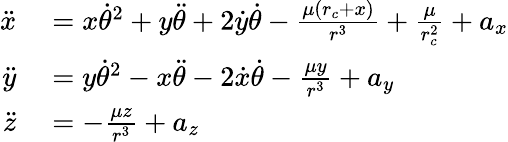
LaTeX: \begin{array}{rl}{\ddot{x}}&{{}=x\dot{\theta}^{2}+y\ddot{\theta}+2\dot{y}\dot{\theta}-\frac{\mu(r_{c}+x)}{r^{3}}+\frac{\mu}{r_{c}^{2}}+a_{x}}\\ {\ddot{y}}&{{}=y\dot{\theta}^{2}-x\ddot{\theta}-2\dot{x}\dot{\theta}-\frac{\mu y}{r^{3}}+a_{y}}\\ {\ddot{z}}&{{}=-\frac{\mu z}{r^{3}}+a_{z}}\end{array}